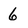
Character: 6